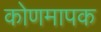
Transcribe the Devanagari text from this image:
कोणमापक